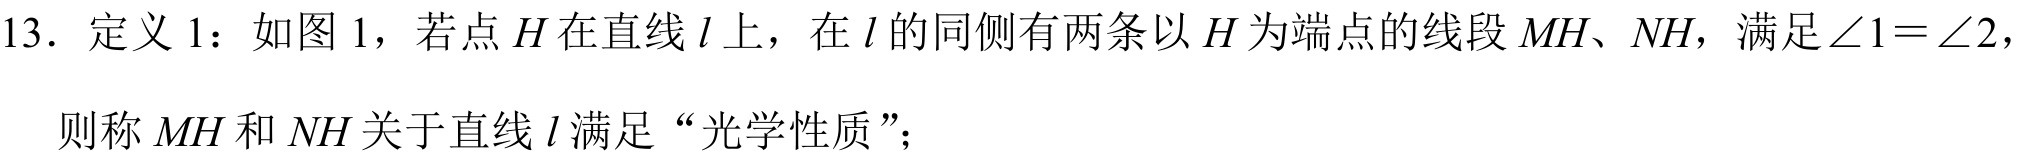
13．定义1：如图1，若点\(H\)在直线\(l\)上，在\(l\)的同侧有两条以\(H\)为端点的线段\(MH、NH\)，满足\(\angle 1=\angle 2\)，则称\(MH\)和\(NH\)关于直线\(l\)满足“光学性质”；